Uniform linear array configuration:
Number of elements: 12
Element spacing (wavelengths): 0.5
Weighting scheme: binomial
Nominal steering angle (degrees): -30
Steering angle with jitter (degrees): -28.365
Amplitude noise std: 0.05
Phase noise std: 0.05

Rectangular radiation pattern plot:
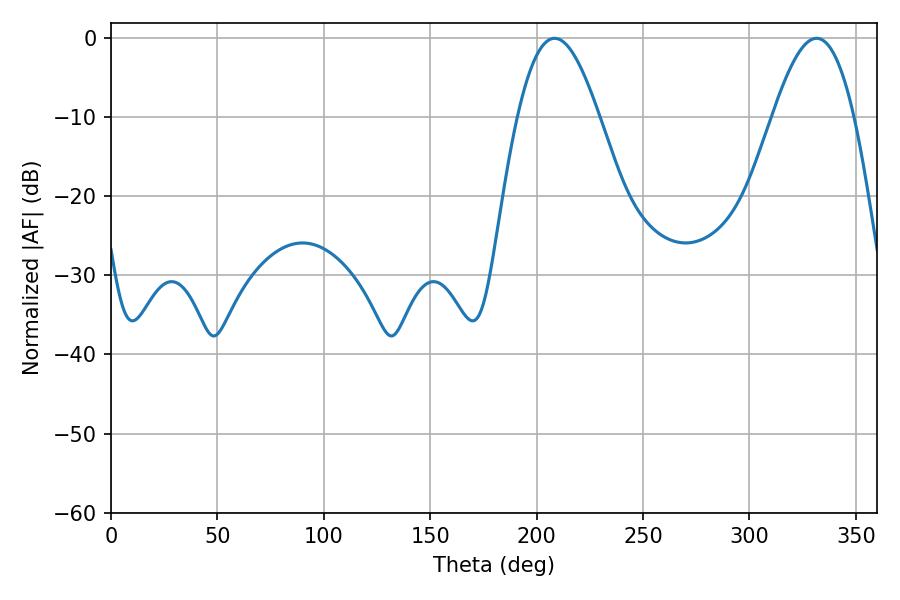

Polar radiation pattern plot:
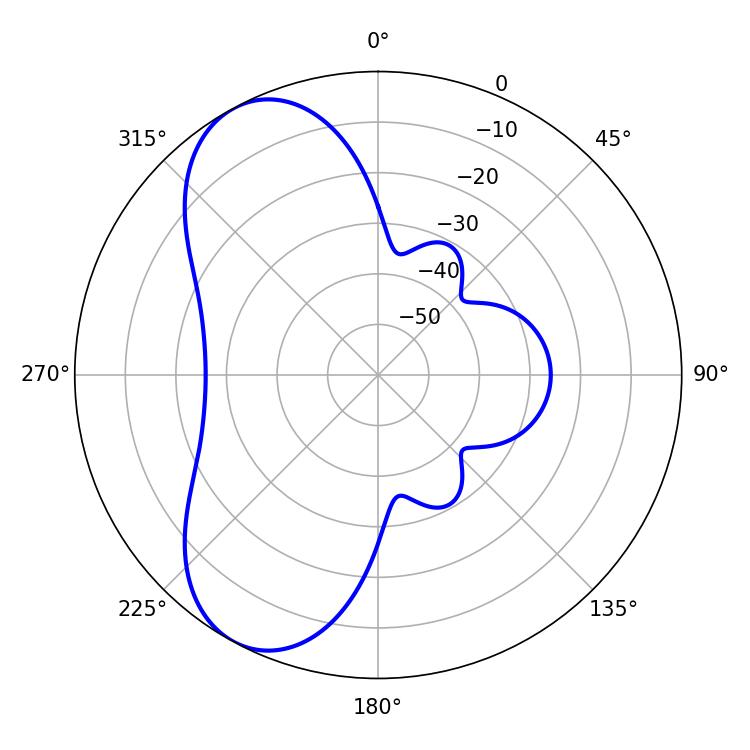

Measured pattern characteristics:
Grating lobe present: FALSE
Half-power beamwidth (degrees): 20.88
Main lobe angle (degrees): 208.44